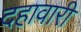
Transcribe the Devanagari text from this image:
दहावारी